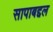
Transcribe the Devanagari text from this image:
सापाबद्दल